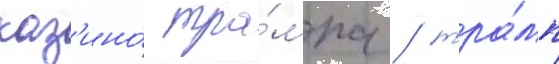
каз'ино́ тра́мпа / тра́мп